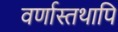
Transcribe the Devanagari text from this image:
वर्णास्तथापि